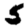
Digit: 5